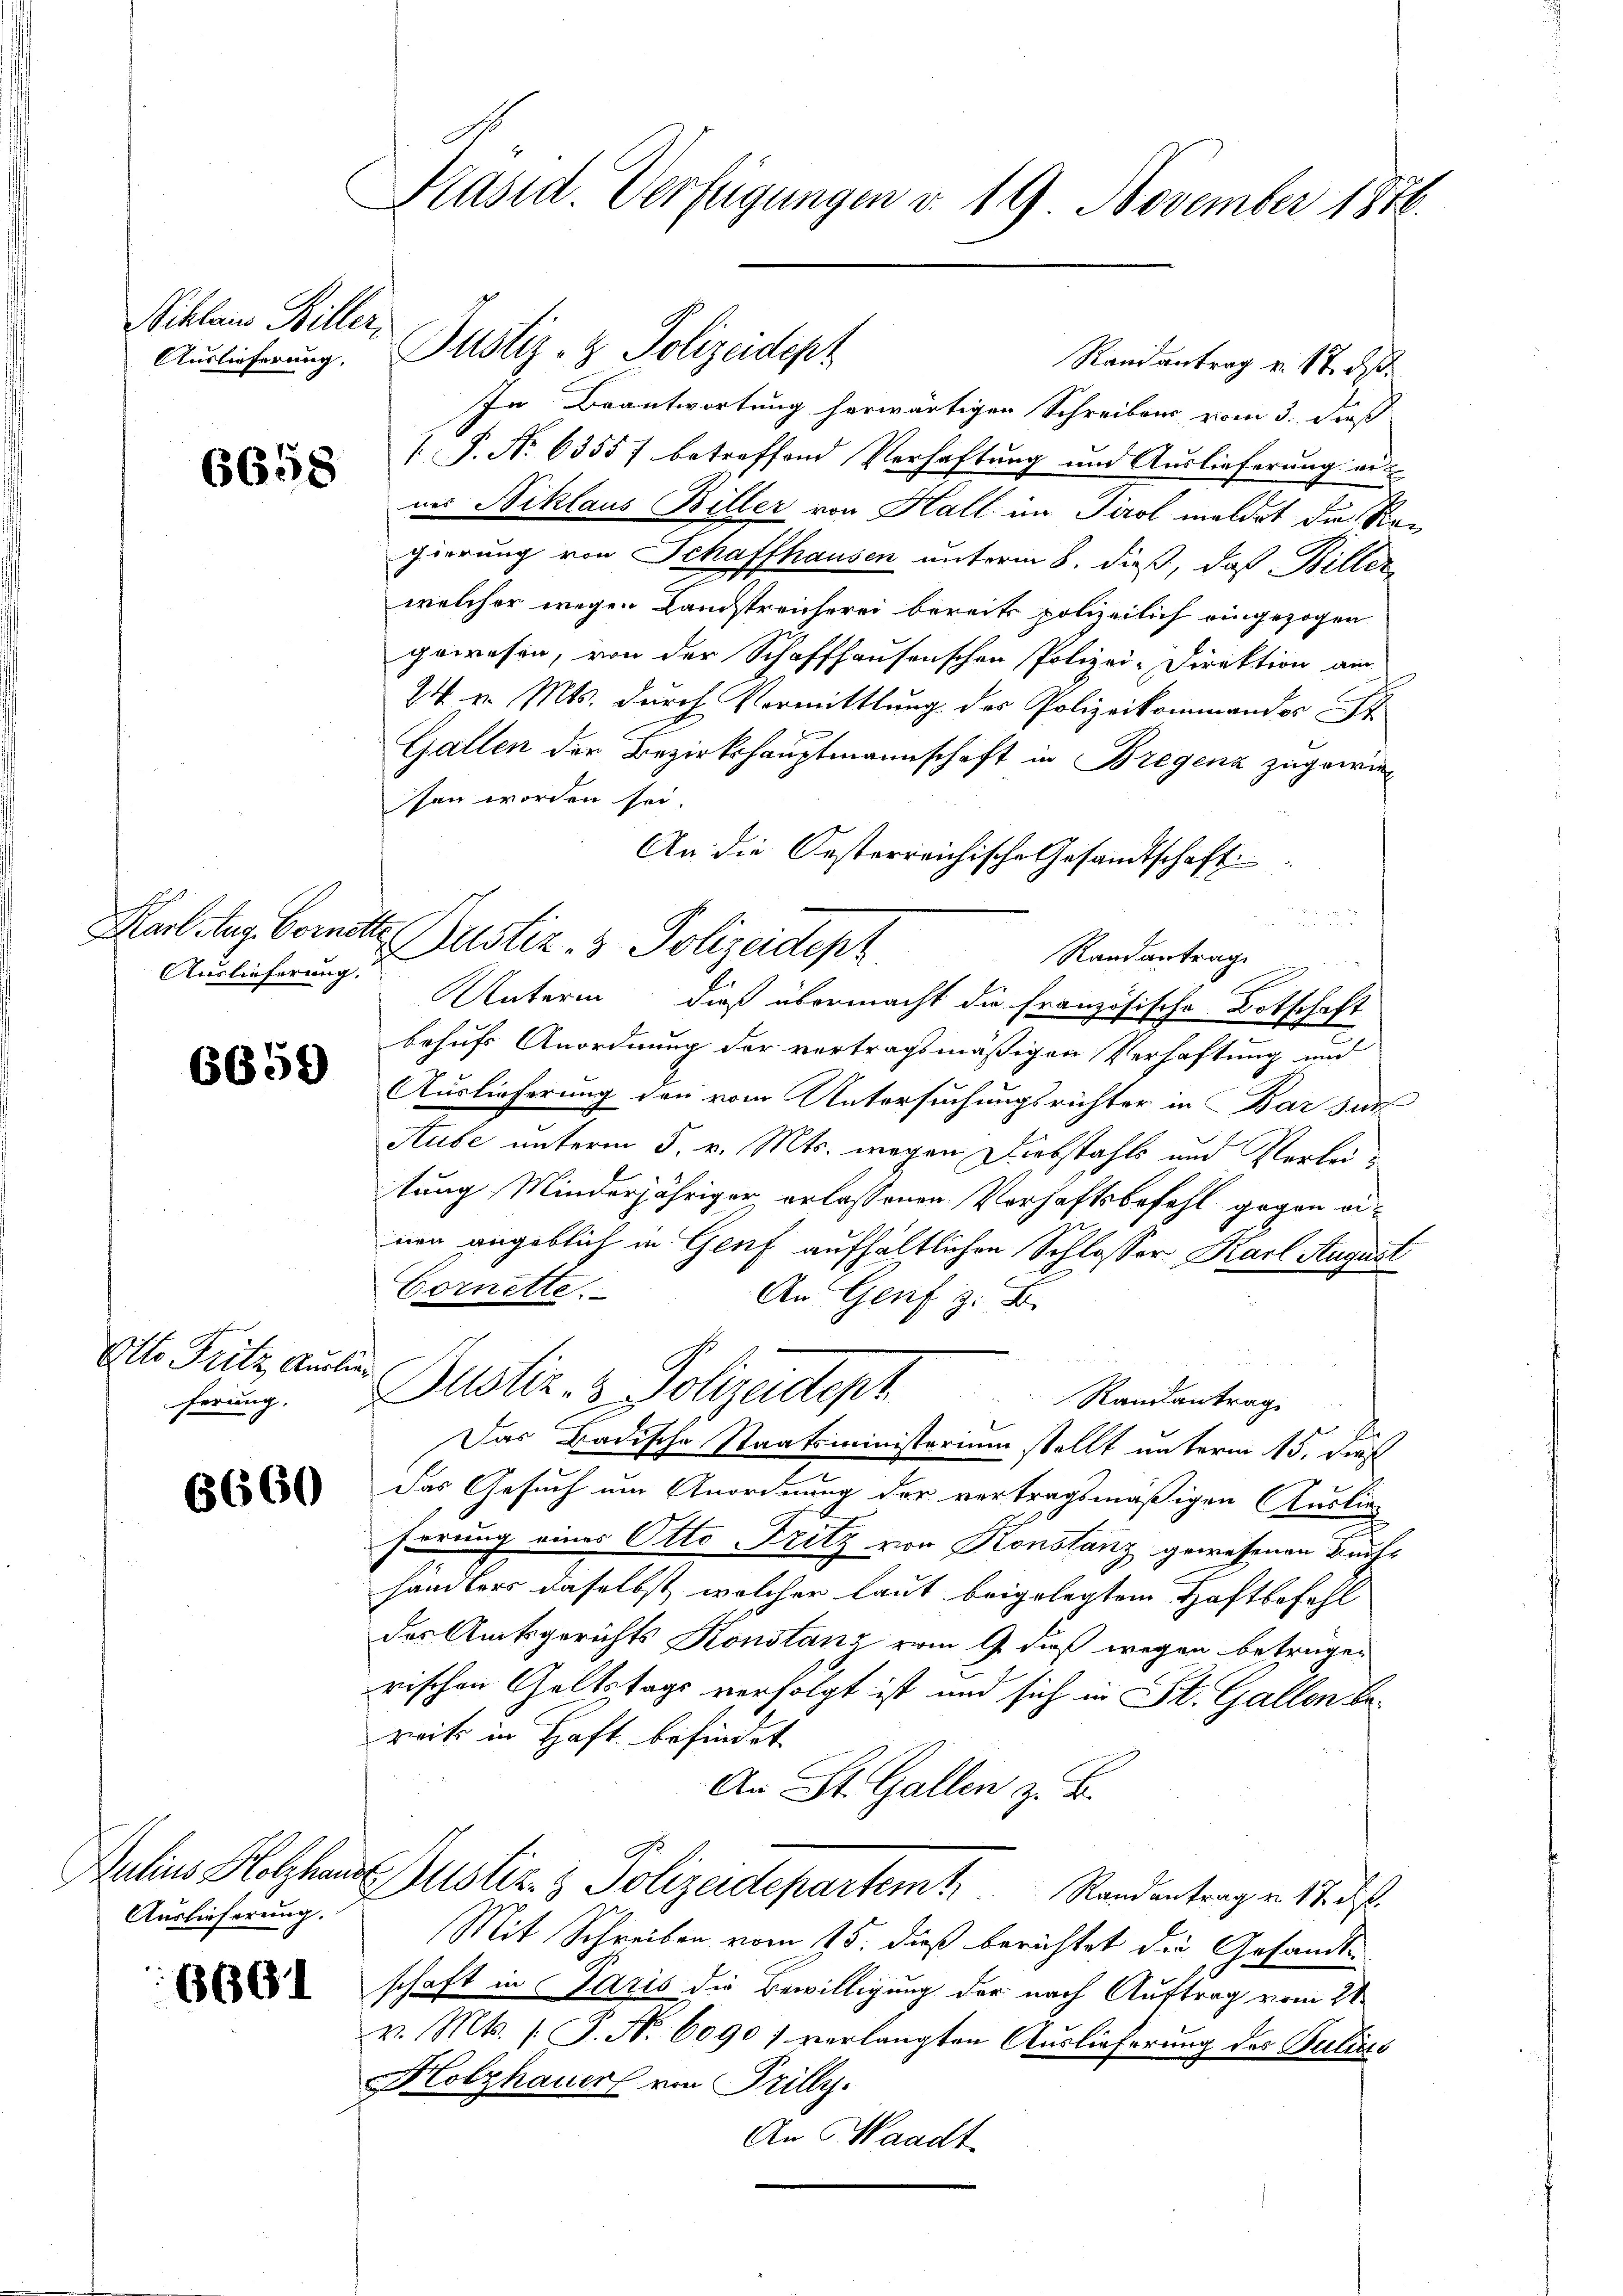
Niklaus Biller,
Auslieferung,

6658

Auslieferung.

6659

Otto Fritz Auslie

6660

Auslieferung.

660.

Präsid. Verfügungen d. 19 November 1846.

In Beantwortung herwärtigen Schreibens vom 3. dieß
1. P. Nr. 63557 betreffend Verhaftung und Auslieferung ernes Niklaus Biller von Hall in Tirol meldet die Regierung von Schaffhausen unterm 8. dieß, daß Biller
welcher wegen Landstreicherei bereits polizeilich eingezogen
powesen, von der Schaffhausenschen Polizei-Direktion am
24 v. Mts. durch Vormittlung des Polizeikommander St
Gallen der Bezirkshauptmannschaft in Bregenz zugewiesen worden sei.
An die Oesterreichische Gesandtschaft
2
Randantrage
Unterm dieß übermacht die französische Botschaft
behufs Anordnung der vertragsmäßigen Verhaftung und
Auslieferung den vom Untersuchungsrichter in Bar sur
Stube unterm 5. v. Mts. wegen Diebstahls und Verleitung Minderjähriger erlassenen Verhaftsbefehl gegen einen angeblich in Genf aufhältlichen Schlosser Karl August
Cornette.
An Genf z. B.
hrung. Justiz- & Polizeidept
Randsantrag
Das Badische Staatsministerium stellt unterm 15. dieß
das Gesuch um Anordnung der vertragsmäßigen Auslieg
herung eines Otto Fritz von Konstanz gewesenen Buchhändlers daselbst, welcher laut beigelegtem Haftbefehl
des Amtsgerichts Konstanz vom 9. daß wegen betrügen
rischen Geltstags verfolgt ist und sich in St. Gallen bereits in Haft befindet
An St. Gallen z. B.
Aulins Holzhande Justiz- & Polizeidepartemt Randantrag an. 17. d.
Mit Schreiben vom 15. dieß berichtet die Gesandtschaft in Paris die Bewilligung der nach Auftrag vom 21.
v. Mts. 1. P. Nr. 6090; verlangten Auslieferung des Julius
Holzhauer von Trilly
An Waadt

Karlstag Vormitte Justiz- & Polizeidtepz

Justiz- & Polizeidept

Randantrag v. 17. d.